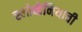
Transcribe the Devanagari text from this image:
स्लोव्हेनियाची